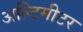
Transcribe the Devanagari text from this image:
अल्टिमीटर